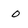
Character: o